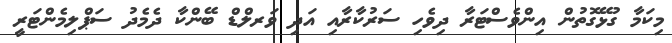
މިކަމާ ގުޅޭގޮތުން އިންވެސްޓަރާ ދިވެހި ސަރުކާރާއި އަދި ވަރލްޑް ބޭންކާ ދެމެދު ސަޕްލިމެންޓަރީ